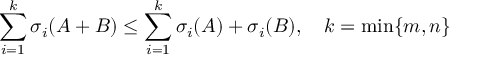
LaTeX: \sum _ { i = 1 } ^ { k } \sigma _ { i } ( A + B ) \leq \sum _ { i = 1 } ^ { k } \sigma _ { i } ( A ) + \sigma _ { i } ( B ) , \quad k = \operatorname* { m i n } \{ m , n \}